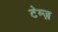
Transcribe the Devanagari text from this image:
टेम्ज़